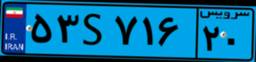
۲۱S۸۸۹۹۱